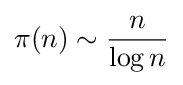
\pi (n)\sim {\frac {n}{\log n}}